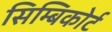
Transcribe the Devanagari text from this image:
सिम्बिकोर्ट